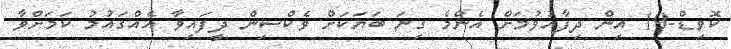
ކޮވިޑް-19 އިން ދިފާއުވުމަށް އެންމެ ގިނަ ބަޔަކަށް ވެކްސިން ދީފައިވާ އެއްގައުމު ކަމަށްވާ